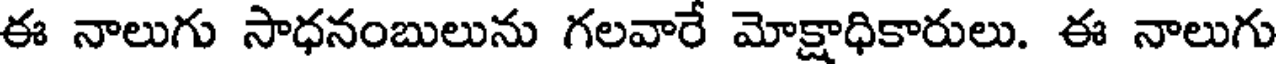
ఈ నాలుగు సాధనంబులును గలవారే మోక్షాధికారులు. ఈ నాలుగు